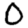
Digit: 0